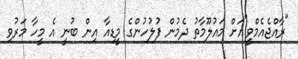
"ރާއްޖެއެމްވީ"އަށް މައުލޫމާތު ދެމުން ފުލުހުންގެ މީޑިއާ އިން ބުނީ އެ މީހާ މަރުވި